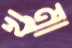
খম্বা